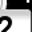
Digit: 2